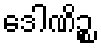
ဒေါဏိဉ္စ